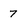
Character: 7